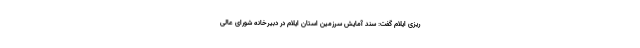
ریزی ایلام گفت: سند آمایش سرزمین استان ایلام در دبیرخانه شورای عالی